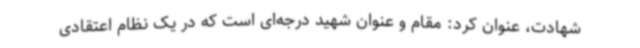
شهادت، عنوان کرد: مقام و عنوان شهید درجه‌ای است که در یک نظام اعتقادی